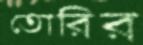
তোরির